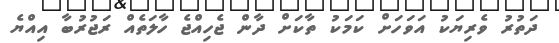
ދަތުރު ވެރިޔަކު އަވަހަށް ކަމަކު ތާކަށް ދާން ޖެހިއްޖެ ހާލަތެއް ރަޖުރުބާ އިއްޔެ